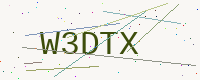
Text: W3DTX